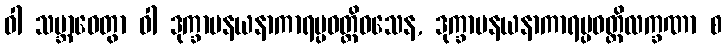
ဝါ သမ္ဘာဝေတွာ ဝါ ဒုက္ခာပနယနာကာရပ္ပဝတ္တိဝသေန, ဒုက္ခာပနယနာကာရပ္ပဝတ္တိလက္ခဏာ စ